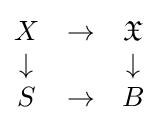
{\begin{matrix}X&\to &{\mathfrak {X}}\\\downarrow &&\downarrow \\S&\to &B\end{matrix}}